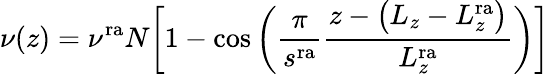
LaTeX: \nu(z)=\nu^{\mathrm{ra}}N\biggl[1-\cos{\biggl(\frac{\pi}{s^{\mathrm{ra}}}\frac{z-\bigl(L_{z}-L_{z}^{\mathrm{ra}}\bigl)}{L_{z}^{\mathrm{ra}}}\biggl)}\biggl]